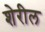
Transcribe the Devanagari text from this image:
शेरील